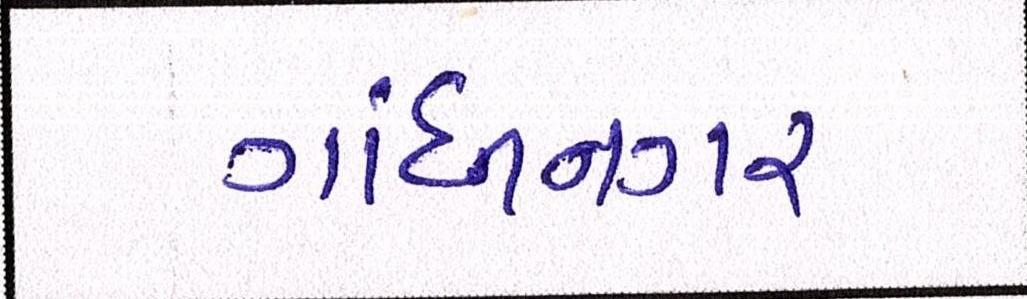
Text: ગાંધીનગર